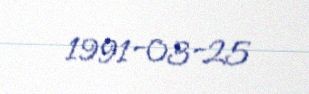
1991-03-25